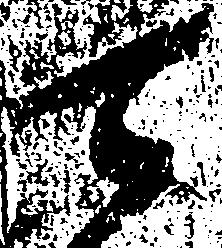
可